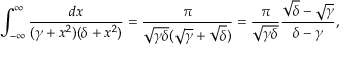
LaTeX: \int _ { - \infty } ^ { \infty } \frac { d x } { ( \gamma + x ^ { 2 } ) ( \delta + x ^ { 2 } ) } = \frac { \pi } { \sqrt { \gamma \delta } ( \sqrt { \gamma } + \sqrt { \delta } ) } = \frac { \pi } { \sqrt { \gamma \delta } } \frac { \sqrt { \delta } - \sqrt { \gamma } } { \delta - \gamma } ,